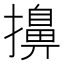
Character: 擤